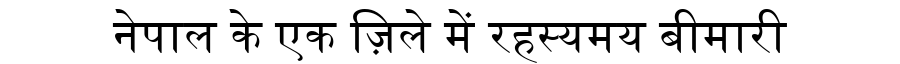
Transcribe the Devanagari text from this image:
नेपाल के एक ज़िले में रहस्यमय बीमारी